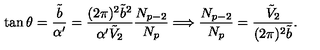
\tan \theta = \frac { \tilde { b } } { \alpha ^ { \prime } } = \frac { ( 2 \pi ) ^ { 2 } \tilde { b } ^ { 2 } } { \alpha ^ { \prime } \tilde { V } _ { 2 } } \frac { N _ { p - 2 } } { N _ { p } } \Longrightarrow \frac { N _ { p - 2 } } { N _ { p } } = \frac { \tilde { V } _ { 2 } } { ( 2 \pi ) ^ { 2 } \tilde { b } } .